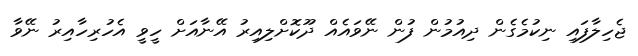
ޖެހިލާފައި ނިކުމެގެން ދިއުމުން ފުން ނޭވައެއް ދޫކޮށްލިއިރު އޭނާއަށް ހީވީ އެހުރިހާއިރު ނޭވާ